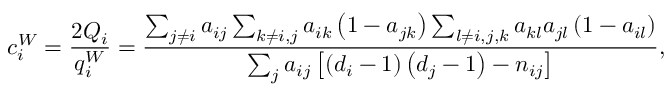
c _ { i } ^ { W } = \frac { 2 Q _ { i } } { q _ { i } ^ { W } } = \frac { \sum _ { j \neq i } a _ { i j } \sum _ { k \neq i , j } a _ { i k } \left( 1 - a _ { j k } \right) \sum _ { l \neq i , j , k } a _ { k l } a _ { j l } \left( 1 - a _ { i l } \right) } { \sum _ { j } a _ { i j } \left[ \left( d _ { i } - 1 \right) \left( d _ { j } - 1 \right) - n _ { i j } \right] } ,